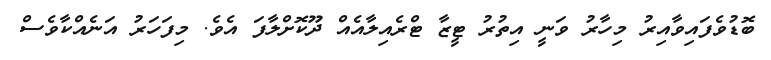
ބޮޑުވެފައިވާއިރު މިހާރު ވަނީ އިތުރު ޓީޒާ ޓްރެއިލާއެއް ދޫކޮށްލާފަ އެވެ. މިފަހަރު އަނެއްކާވެސް